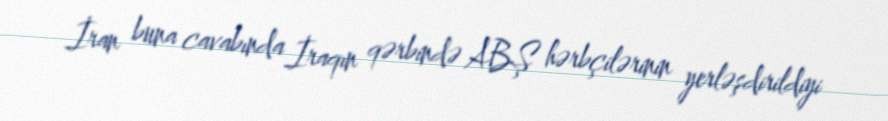
İran buna cavabında İraqın qərbində ABŞ hərbçilərinin yerləşdirildiyi